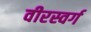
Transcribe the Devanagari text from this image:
वीरस्वर्ग